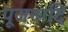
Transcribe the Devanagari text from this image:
पूजनादि